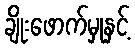
ချိုးဖောက်မှုနှင့်